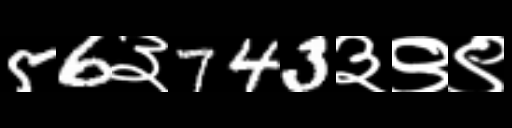
Text: 56३743३९९